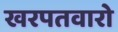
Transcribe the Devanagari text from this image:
खरपतवारो